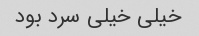
خیلی خیلی سرد بود